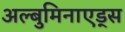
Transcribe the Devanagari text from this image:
अल्बुमिनाएड्स